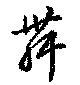
舞